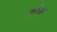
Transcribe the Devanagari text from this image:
कोफ